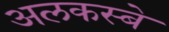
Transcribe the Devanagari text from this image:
अलकस्बे